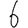
Digit: 6